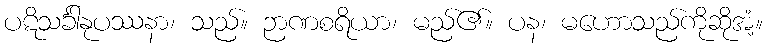
ပဋိသင်္ခါနုပဿနာ၊ သည်။ ဉာဏစရိယာ၊ မည်၏။ ပန၊ မဟောသည်ကိုဆိုအံ့။